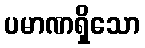
ပမာဏရှိသော